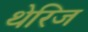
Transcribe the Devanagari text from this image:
थेरिज